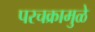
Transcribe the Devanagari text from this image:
परचक्रामुळे